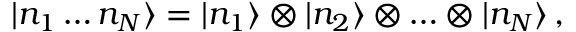
| n _ { 1 } \ldots n _ { N } \rangle = | n _ { 1 } \rangle \otimes | n _ { 2 } \rangle \otimes \ldots \otimes | n _ { N } \rangle \, ,